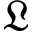
\mathfrak { L }